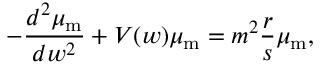
- \frac { d ^ { 2 } \mu _ { \mathrm { m } } } { d w ^ { 2 } } + V ( w ) \mu _ { \mathrm { m } } = m ^ { 2 } \frac { r } { s } \mu _ { \mathrm { m } } ,